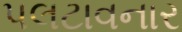
પલટાવનાર